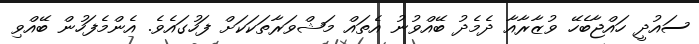
ސައުދީ ހައްޖާބެހޭ ވުޒާރާއާ ދެމެދު ބޭއްވުނު އެތައް މަޝްވަރާތަކަކަށް ފަހުގައެވެ. އެންމެފަހުން ބޭއްވި